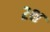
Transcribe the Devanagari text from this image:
२क्ष